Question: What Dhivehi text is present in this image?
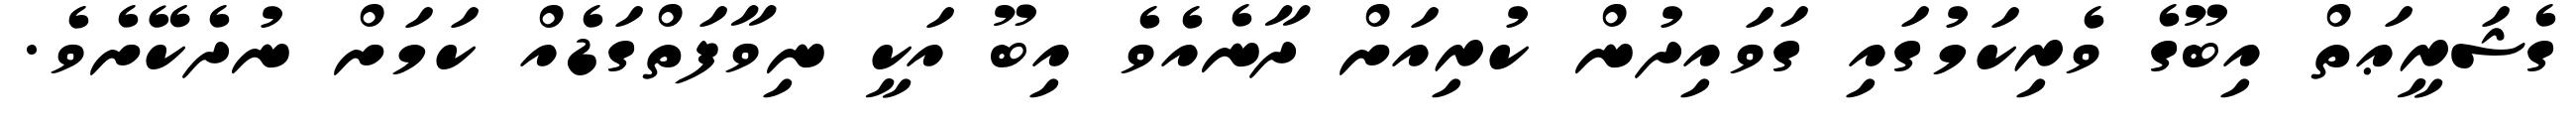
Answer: ގެޝަރީޢަތް އިބޫގެ ވެރިކަމުގައި ގަވައިދުން ކުރިއަށް ދާނެއެވެ އިބޫ އަކީ ނިވާފަތްގަޑެއް ކަމަށް ނުދެކޭށެވެ.